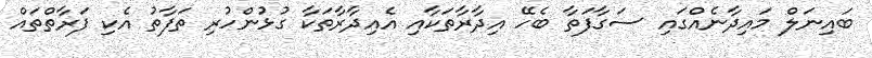
ބައިނަލް މައިދާނެއްގައި ސަގާފަތާ ބެހޭ އިދާރާތަކާއި އެއިދާރާތަކާ ގުޅުންހުރި ތަފާތު އެކި ފަރާތްތައް